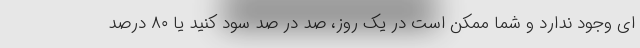
ای وجود ندارد و شما ممکن است در یک روز، صد در صد سود کنید یا ۸۰ درصد